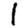
Digit: 1